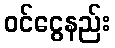
ဝင်ငွေနည်း